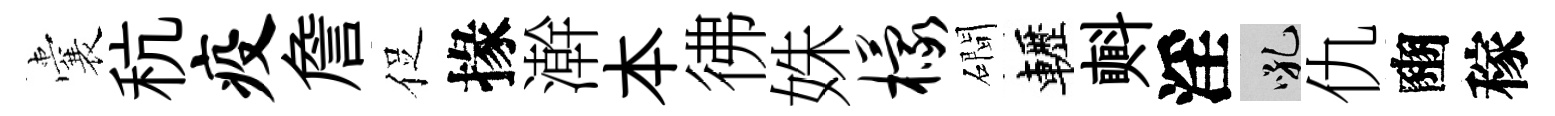
囊秔疫詹促掾澣本彿姝檬磵轣㪺淫吼仇豳稼